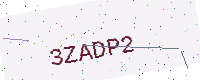
Text: 3ZADP2